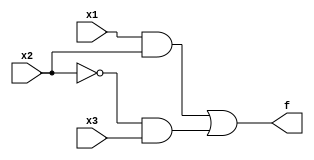
// This program was cloned from: https://github.com/haojunliu/OpenFPGA
// License: BSD 2-Clause "Simplified" License

/* Simple combinational circuit with defined gates */

module bm_DL_structural_logic (x1, x2, x3, f);
	input x1, x2, x3;
	output f;
	wire k, g, h;
	
	and (g, x1, x2);
	not (k,x2);
	and (h, k, x3);
	or (f, g, h);

endmodule